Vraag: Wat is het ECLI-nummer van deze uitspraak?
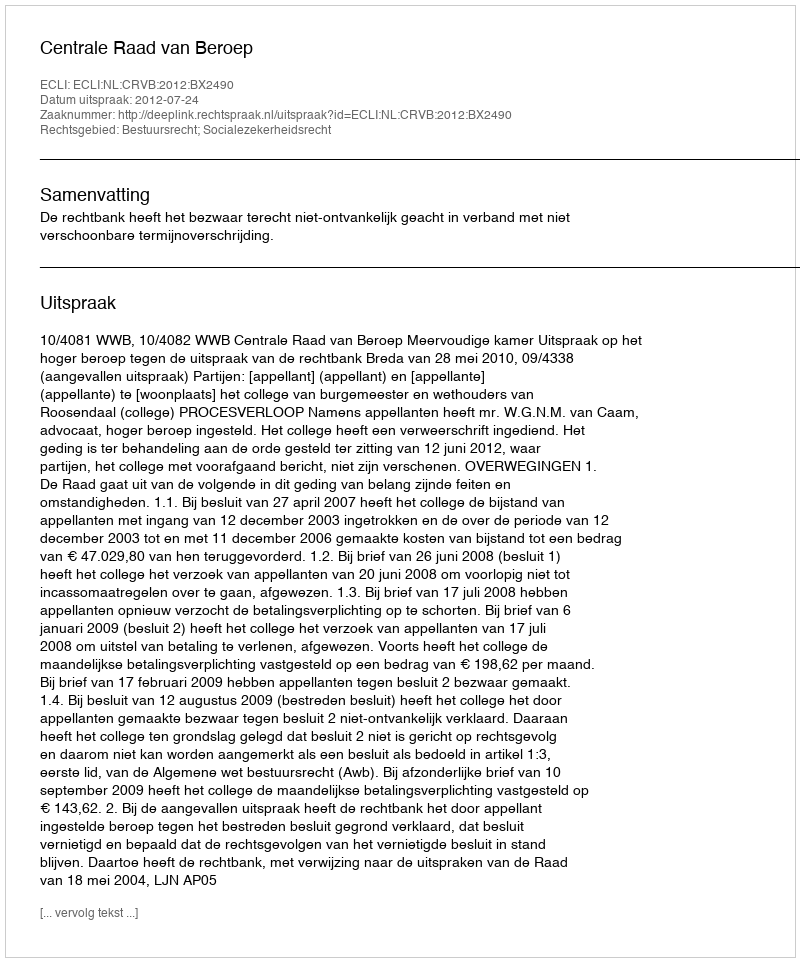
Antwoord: ECLI:NL:CRVB:2012:BX2490